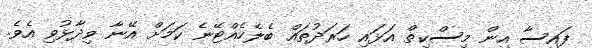
ފައިސާ އިން މިސްކިތް އަޅައި ހަރަދުތައް ބެލެހެއްޓޭނެ ކަމަށް އޭނާ ވިދާޅުވި އެވެ.